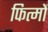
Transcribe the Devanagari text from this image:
फित्मों